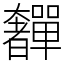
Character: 奲